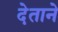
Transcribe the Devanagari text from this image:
देताने